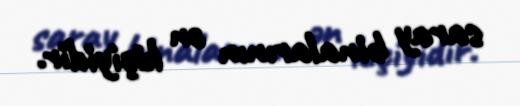
saray binalarının ən kiçiyidir.